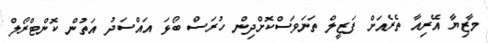
މާޒިޔާ އޭރިއާ ތެރެއަށް ފަޒީލް ތަނަވަސްކޮށްދިން ހުރަސް ބޯޅަ އައްސަދު އަތުން ކޮންޓްރޯލް